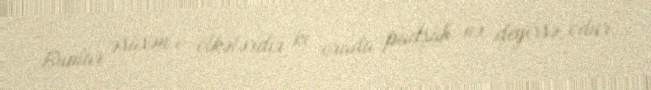
Bunlar əsasən o ölkələrdir ki, orada padşah nə deyirsə, odur.